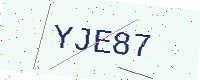
Text: YJE87